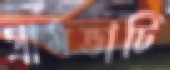
গ্রামভাটি